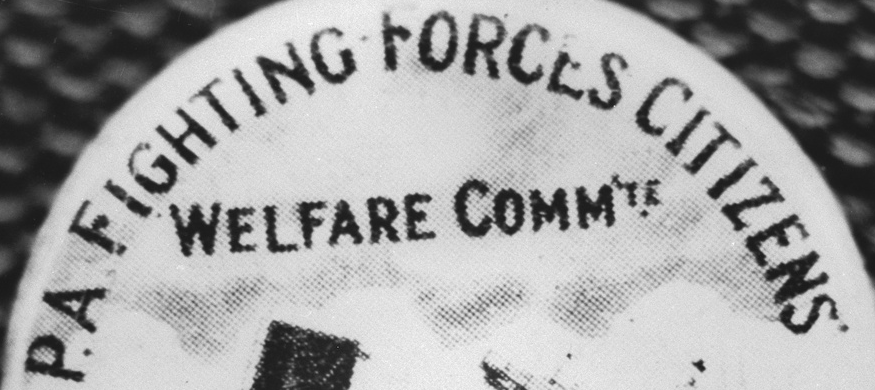
P.A FIGHTING FORCES CITIZENS